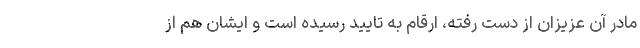
مادر آن عزیزان از دست رفته، ارقام به تایید رسیده است و ایشان هم از